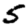
Digit: 5